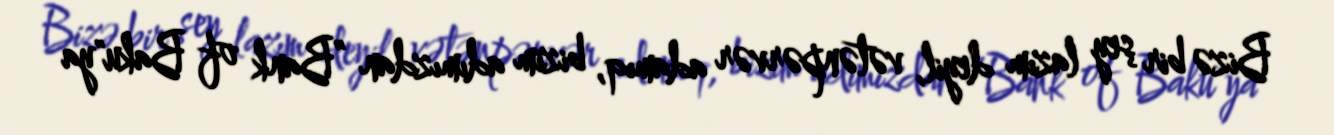
Bizə bir şey lazım deyil, vətənpərvər adamıq, bizim adımızdan ”Bank of Baku"ya